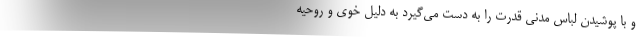
و با پوشیدن لباس مدنی قدرت را به دست می‌گیرد به دلیل خوی و روحیه